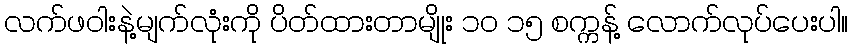
လက်ဖဝါးနဲ့မျက်လုံးကို ပိတ်ထားတာမျိုး ၁၀ ၁၅ စက္ကန့် လောက်လုပ်ပေးပါ။